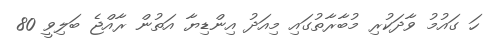
ހަ ގައުމު ވާދަކުރި މުބާރާތުގައި މިއަދު އިންޑިޔާ އަތުން ރާއްޖެ ބަލިވީ 80